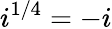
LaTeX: i^{1/4}=-i